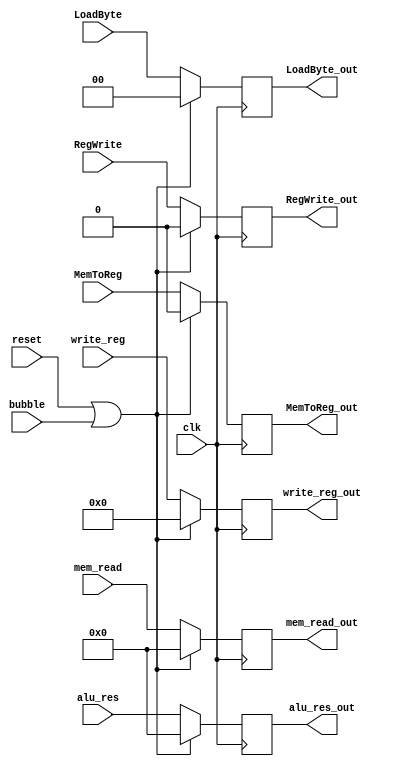
module MEMWBReg (
    input clk,
    input reset,
    input bubble,

    input [31:0] alu_res,
    output reg [31:0] alu_res_out,

    input [31:0] mem_read,
    output reg [31:0] mem_read_out,

    input [4:0] write_reg,
    output reg [4:0] write_reg_out,

    // control signals
    input MemToReg,
    output reg MemToReg_out,

    input RegWrite,
    output reg RegWrite_out,
     
    input [1:0] LoadByte,
    output reg [1:0] LoadByte_out);

    always @(posedge clk) begin
        if (reset | bubble) begin
            alu_res_out <= 0;
            mem_read_out <= 0;
            write_reg_out <= 0;
            
            MemToReg_out <= 0;
            RegWrite_out <= 0;
            LoadByte_out <= 0;

        end else begin
            alu_res_out <= alu_res;
            mem_read_out <= mem_read;
            write_reg_out <= write_reg;

            MemToReg_out <= MemToReg;
            RegWrite_out <= RegWrite;
            LoadByte_out <= LoadByte;
        end
    end

endmodule